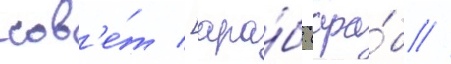
сов'е́т [ара́б. (ара́б //